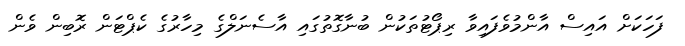
ފަހަކަށް އައިސް އާންމުވެފައިވާ ރިޕޯޓުތަކުން ބުނާގޮތުގައި އާސެނަލްގެ މިހާރުގެ ކެޕްޓަން ރޮބިން ވެން